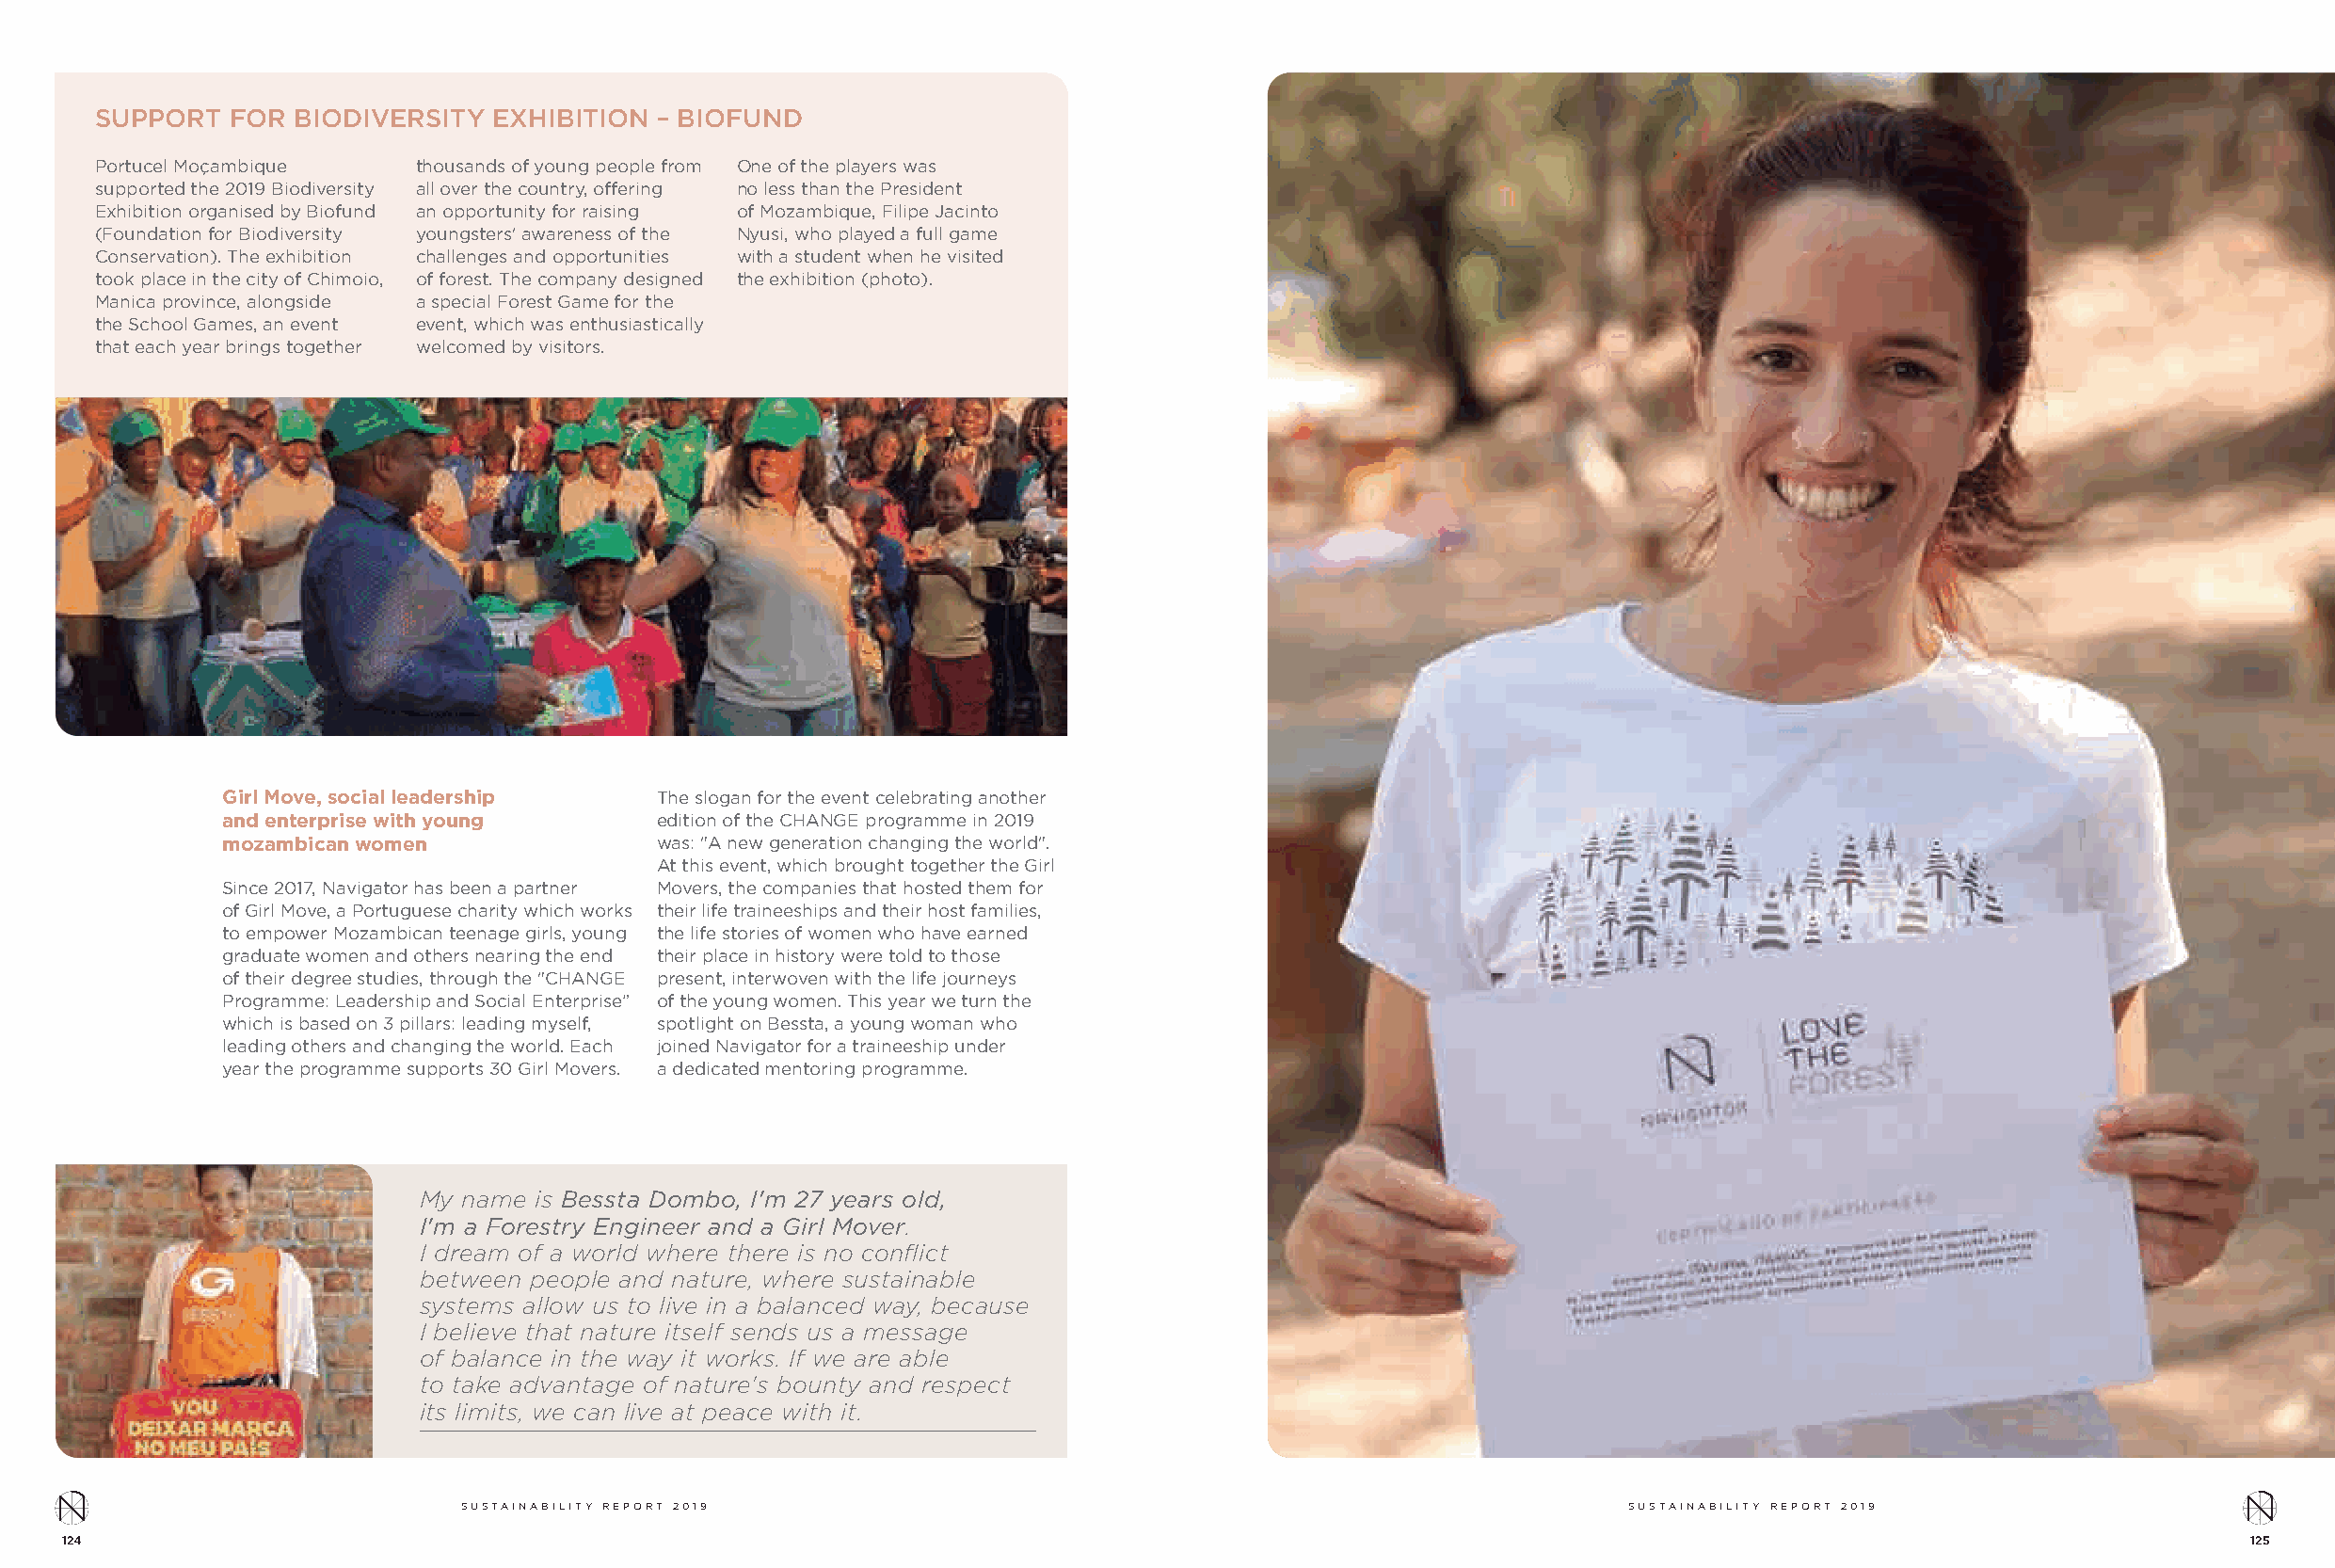
SUPPORT  FOR  BIODIVERSITY  EXHIBITION – BIOFUND
 Portucel Moçambique   thousands of young people from One of the players was
 supported the 2019 Biodiversity all over the country, offering no less than the President
 Exhibition organised by Biofund an opportunity for raising of Mozambique, Filipe Jacinto
 (Foundation for Biodiversity youngsters' awareness of the Nyusi, who played a full game
 Conservation). The exhibition challenges and opportunities with a student when he visited
 took place in the city of Chimoio, of forest. The company designed the exhibition (photo).
 Manica province, alongside a special Forest Game for the
 the School Games, an event event, which was enthusiastically
 that each year brings together welcomed by visitors.
 Girl Move, social leadership  The slogan for the event celebrating another
 and enterprise with young     edition of the CHANGE programme in 2019
 mozambican women              was: "A new generation changing the world".
 At this event, which brought together the Girl
 Since 2017, Navigator has been a partner Movers, the companies that hosted them for
 of Girl Move, a Portuguese charity which works their life traineeships and their host families,
 to empower Mozambican teenage girls, young the life stories of women who have earned
 graduate women and others nearing the end their place in history were told to those
 of their degree studies, through the "CHANGE present, interwoven with the life journeys
 Programme: Leadership and Social Enterprise” of the young women. This year we turn the
 which is based on 3 pillars: leading myself, spotlight on Bessta, a young woman who
 leading others and changing the world. Each joined Navigator for a traineeship under
 year the programme supports 30 Girl Movers. a dedicated mentoring programme.
 My name is Bessta Dombo, I'm 27 years old,
 I'm a Forestry Engineer and a Girl Mover.
 I dream of a world where there is no conflict
 between people and nature, where sustainable
 systems allow us to live in a balanced way, because
 I believe that nature itself sends us a message
 of balance in the way it works. If we are able
 to take advantage of nature's bounty and respect
 its limits, we can live at peace with it.
 SUSTAINABILITY REPORT 2019                                                         SUSTAINABILITY REPORT 2019
 124                                                                                                                                                       125